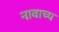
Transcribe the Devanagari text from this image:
नावाच्य